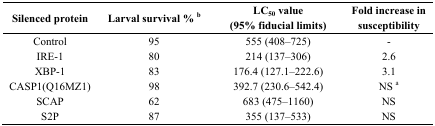
<table><thead><tr><td><b>Silenced protein</b></td><td><b>Larval survival % b</b></td><td><b>LC<sub>50</sub> value (95% fiducial limits)</b></td><td><b>Fold increase in susceptibility</b></td></tr></thead><tbody><tr><td>Control</td><td>95</td><td>555 (408–725)</td><td>-</td></tr><tr><td>IRE-1</td><td>80</td><td>214 (137–306)</td><td>2.6</td></tr><tr><td>XBP-1</td><td>83</td><td>176.4 (127.1–222.6)</td><td>3.1</td></tr><tr><td>CASP1(Q16MZ1)</td><td>98</td><td>392.7 (230.6–542.4)</td><td>NS a</td></tr><tr><td>SCAP</td><td>6</td><td>683 (475–1160)</td><td>NS</td></tr><tr><td>S2P</td><td>87</td><td>355 (137–533)</td><td>NS</td></tr></tbody></table>